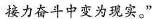
接力奋斗中变为现实。”